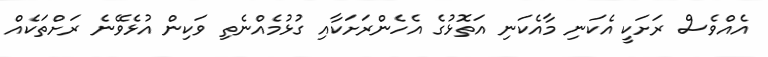
އެއްވެސް ރަށަކީ އެކަނި މާއެކަނި އަތޮޅުގެ އެހެންރަށަކާއި ގުޅުމެއްނެތި ވަކިން އުޅެވޭނެ ރަށްތަކެއް